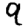
Digit: 9